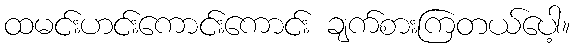
ထမင်းဟင်းကောင်းကောင်း ချက်စားကြတယ်ပေါ့။